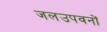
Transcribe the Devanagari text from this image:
जलउपवनों